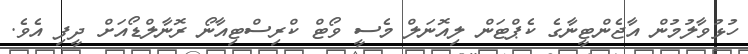
ހުޅުވާލުމުން އާޖެންޓީނާގެ ކެޕްޓަން ލިއޮނަލް މެސީ ވޯޓް ކްރިސްޓިއާނޯ ރޮނާލްޑޯއަށް ދީފި އެވެ.